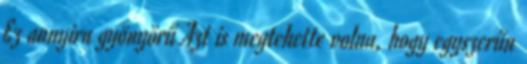
Ez annyira gyönyörű Azt is megtehette volna, hogy egyszerűn